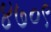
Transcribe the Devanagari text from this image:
४७०९